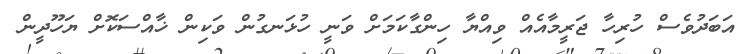
އަބަދުވެސް ހުރިހާ ޖަރީމާއެއް ވިއްޔާ ހިންގާކަމަށް ވަނީ ހުޅަނގުން ވަކިން ޚާއްސަކޮށް ޔަހޫދީން